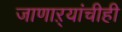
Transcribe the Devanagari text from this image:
जाणाऱ्यांचीही